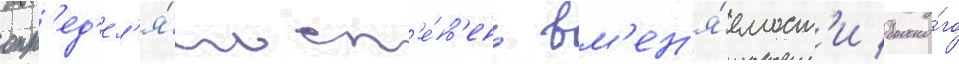
опр'ед'ел'я́ть ст'е́п'ень вм'ен'я́емост'и больно́го